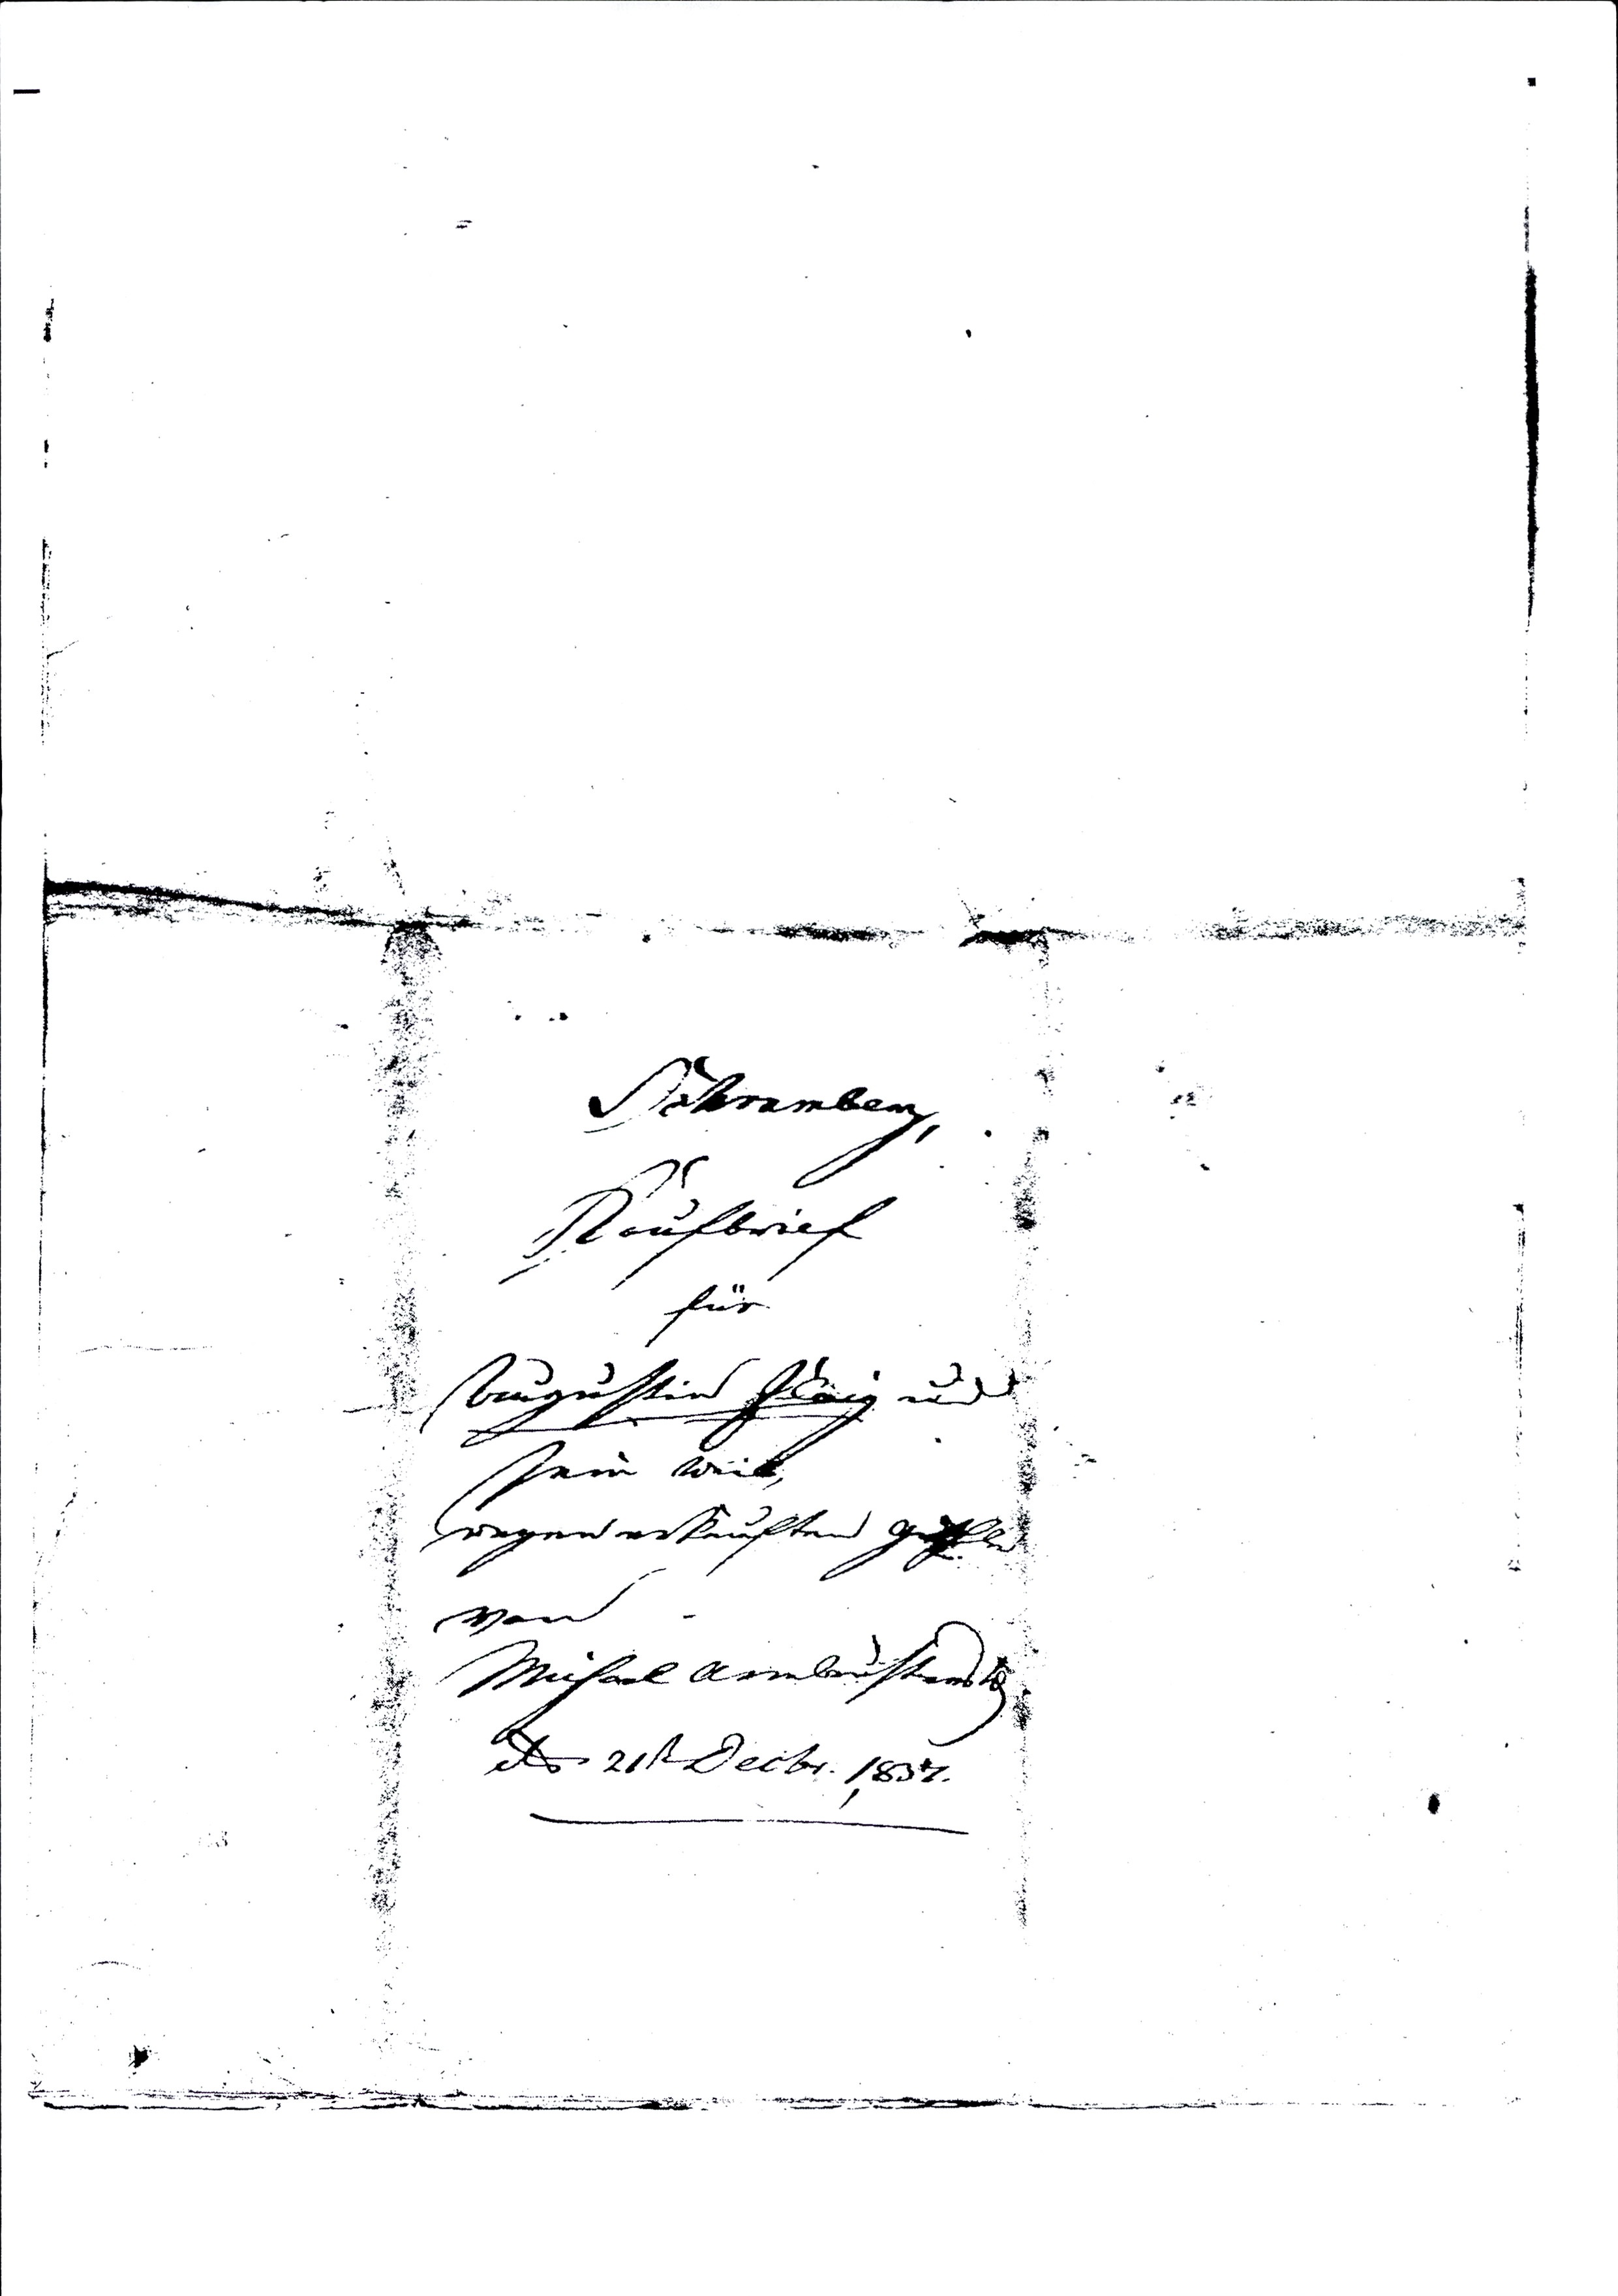
Schramberg,
Kaufbrief
für
Augustin Flaig und
sein Weib,
wegen erkauften Güthle
von
Michael Armbrusters W.
dto 21t Decbr. 1837.